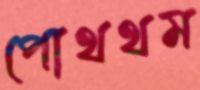
পোথথম